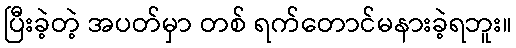
ပြီးခဲ့တဲ့ အပတ်မှာ တစ် ရက်တောင်မနားခဲ့ရဘူး။